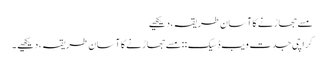
مسے جھاڑنے کا آسان طریقہ ،دیکھیے
کراچی جدت ویب ڈسیک ::مسے جھاڑنے کا آسان طریقہ ،دیکھیے ۔